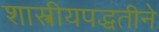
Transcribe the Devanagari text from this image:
शास्त्रीयपद्धतीने